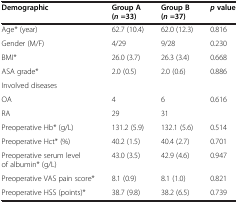
<table><thead><tr><td><b>Demographic</b></td><td><b>Group A (<i>n</i>=33)</b></td><td><b>Group B (<i>n</i>=37)</b></td><td><b><i>p</i>value</b></td></tr></thead><tbody><tr><td>Age* (year)</td><td>62.7 (10.4)</td><td>62.0 (12.3)</td><td>0.816</td></tr><tr><td>Gender (M/F)</td><td>4/29</td><td>9/28</td><td>0.230</td></tr><tr><td>BMI*</td><td>26.0 (3.7)</td><td>26.3 (3.4)</td><td>0.668</td></tr><tr><td>ASA grade*</td><td>2.0 (0.5)</td><td>2.0 (0.6)</td><td>0.886</td></tr><tr><td>Involved diseases</td><td colspan="3"></td></tr><tr><td>OA</td><td>4</td><td>6</td><td rowspan="2">0.616</td></tr><tr><td>RA</td><td>29</td><td>31</td></tr><tr><td>Preoperative Hb* (g/L)</td><td>131.2 (5.9)</td><td>132.1 (5.6)</td><td>0.514</td></tr><tr><td>Preoperative Hct* (%)</td><td>40.2 (1.5)</td><td>40.4 (2.7)</td><td>0.701</td></tr><tr><td>Preoperative serum level of albumin* (g/L)</td><td>43.0 (3.5)</td><td>42.9 (4.6)</td><td>0.947</td></tr><tr><td>Preoperative VAS pain score*</td><td>8.1 (0.9)</td><td>8.1 (1.0)</td><td>0.821</td></tr><tr><td>Preoperative HSS (points)*</td><td>38.7 (9.8)</td><td>38.2 (6.5)</td><td>0.739</td></tr></tbody></table>